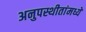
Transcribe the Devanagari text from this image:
अनुपस्थीतांमध्ये